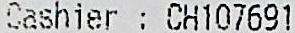
CASHIER: CH107691